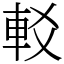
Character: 䡈